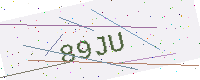
Text: 89JU